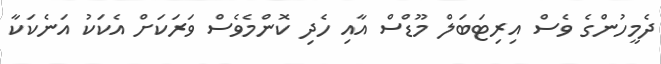
ދެމީހުންގެ ވެސް އިރިޓަބަލް މޫޑްސް އާއި ހެދި ކޮންމެވެސް ވަރަކަށް އެކަކު އަނެކަކާ